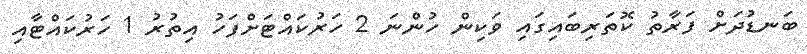
ބަނޑުދަށް ފަރާތު ކޮތަރިބައިގައި ވަކިން ހުންނަ 2 ހަރުކައްޓަށްފަހު އިތުރު 1 ހަރުކައްޓާއި